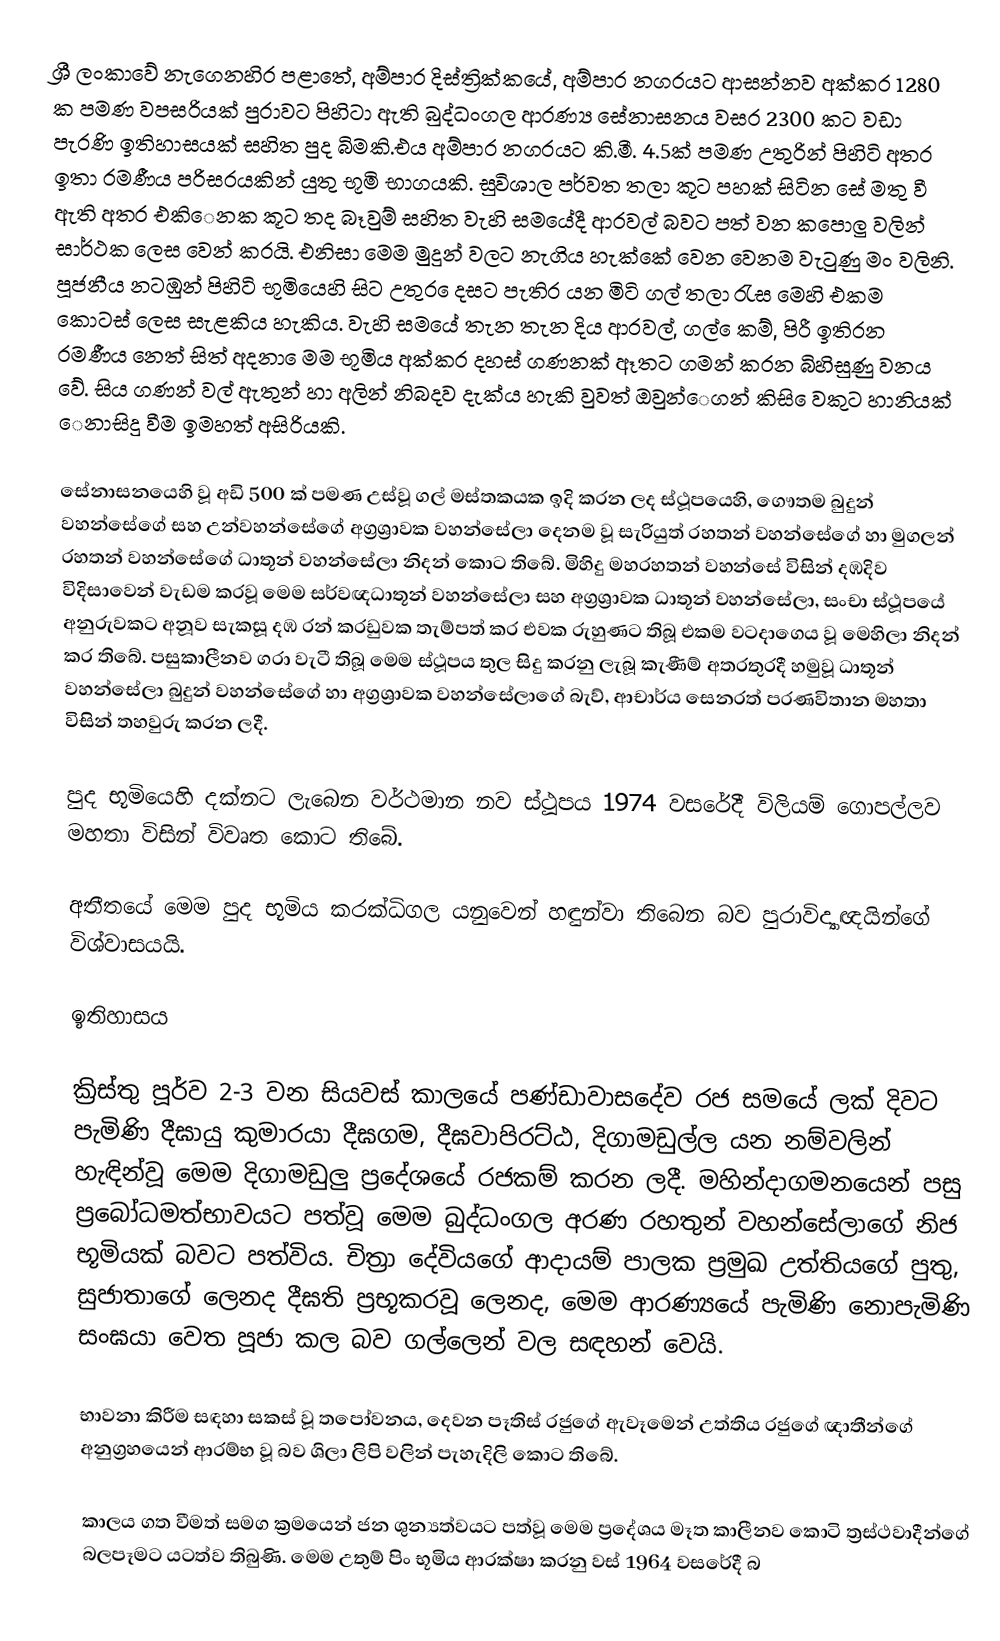
ශ්‍රී ලංකාවේ නැගෙනහිර පළාතේ, අම්පාර දිස්ත්‍රික්කයේ, අම්පාර නගරයට ආසන්නව අක්කර 1280 ක පමණ වපසරියක් පුරාවට පිහිටා ඇති බුද්ධංගල ආරණ්‍ය සේනාසනය වසර 2300 කට වඩා පැරණි ඉතිහාසයක් සහිත පුද බිමකි.එය අම්පාර නගරයට කි.මී. 4.5ක් පමණ උතුරින් පිහිටි අතර ඉතා රමණීය පරිසරයකින් යුතු භූමි භාගයකි. සුවිශාල පර්වත තලා කූට පහක් සිටින සේ මතු වී ඇති අතර එකිෙනක කූට තද බෑවුම් සහිත වැහි සමයේදී ආරවල් බවට පත් වන කපොලු වලින් සාර්ථක ලෙස වෙන් කරයි. එනිසා මෙම මුදුන් වලට නැගිය හැක්කේ වෙන වෙනම වැටුණු මං වලිනි. පූජනීය නටඹුන් පිහිටි භූමියෙහි සිට උතුර ෙදසට පැතිර යන මිටි ගල් තලා රැස මෙහි එකම කොටස් ලෙස සැළකිය හැකිය. වැහි සමයේ තැන තැන දිය ආරවල්, ගල් ෙකම්, පිරී ඉතිරන රමණීය‍ නෙත් සිත් අදනා ෙමම භූමිය අක්කර දහස් ගණනක් ඈතට ගමන් කරන බිහිසුණු වනය වේ. සිය ගණන් වල් ඇතුන් හා අලින් නිබදව දැක්ය හැකි වුවත් ඔවුන්ෙගන් කිසි ෙවකුට හානියක් ෙනාසිදු වීම ඉමහත් අසිරියකි.

සේනාසනයෙහි වූ අඩි 500 ක් පමණ උස්වූ ගල් මස්තකයක ඉදි කරන ලද ස්ථූපයෙහි, ගෞතම බුදුන් වහන්සේගේ සහ උන්වහන්සේගේ අග්‍රශ්‍රාවක වහන්සේලා දෙනම වූ සැරියුත් රහතන් වහන්සේගේ හා මුගලන් රහතන් වහන්සේගේ ධාතූන් වහන්සේලා නිදන් කොට තිබේ. මිහිදු මහරහතන් වහන්සේ විසින් දඹදිව විදිසාවෙන් වැඩම කරවූ මෙම සර්වඥධාතූන් වහන්සේලා සහ අග්‍රශ්‍රාවක ධාතූන් වහන්සේලා, සංචා ස්ථූපයේ අනුරුවකට අනූව සැකසූ දඹ රන් කරඩුවක තැම්පත් කර එවක රුහුණට තිබූ එකම වටදාගෙය වූ මෙහිලා නිදන් කර තිබේ. පසුකාලීනව ගරා වැටී තිබූ මෙම ස්ථූපය තුල සිදු කරනු ලැබූ කැණීම් අතරතුරදී හමුවූ ධාතූන් වහන්සේලා බුදුන් වහන්සේගේ හා අග්‍රශ්‍රාවක වහන්සේලාගේ බැව්, ආචාර්ය සෙනරත් පරණවිතාන මහතා විසින් තහවුරු කරන ලදී.

පුද භූමියෙහි දක්නට ලැබෙන වර්ථමාන නව ස්ථූපය 1974 වසරේදී විලියම් ගොපල්ලව මහතා විසින් විවෘත කොට තිබේ.

අතීතයේ මෙම පුද භූමිය කරක්ධිගල යනුවෙන් හඳුන්වා තිබෙන බව පුරාවිද්‍යාඥයින්ගේ විශ්වාසයයි.

ඉතිහාසය

ක්‍රිස්තු පූර්ව 2-3 වන සියවස් කාලයේ පණ්ඩාවාසදේව රජ සමයේ ලක් දිවට පැමිණි දීඝායු කුමාරයා දීඝගම, දීඝවාපිරට්ඨ, දිගාමඩුල්ල යන නම්වලින් හැඳින්වූ මෙම දිගාමඩුලු ප්‍රදේශයේ රජකම් කරන ලදී. මහින්දාගමනයෙන් පසු ප්‍රබෝධමත්භාවයට පත්වූ මෙම බුද්ධංගල අරණ රහතුන් වහන්සේලාගේ නිජ භූමියක් බවට පත්විය. චිත්‍රා දේවියගේ ආදායම් පාලක ප්‍රමුඛ උත්තියගේ පුතු, සුජාතාගේ ලෙනද දීඝති ප්‍රභූකරවූ ලෙනද, මෙම ආරණ්‍යයේ පැමිණි නොපැමිණි සංඝයා වෙත පූජා කල බව ගල්ලෙන් වල සඳහන් වෙයි.

භාවනා කිරීම සඳහා සකස් වූ තපෝවනය, දෙවන පෑතිස් රජුගේ ඇවෑමෙන් උත්තිය රජුගේ ඥාතීන්ගේ අනුග්‍රහයෙන් ආරම්භ වූ බව ශිලා ලිපි වලින් පැහැදිලි කොට තිබේ.

කාලය ගත වීමත් සමග ක්‍රමයෙන් ජන ශුන්‍යත්වයට පත්වූ මෙම ප්‍රදේශය මෑත කාලීනව කොටි ත්‍රස්ථවාදීන්ගේ බලපෑමට යටත්ව තිබුණි. මෙම උතුම් පිං භූමිය ආරක්ෂා කරනු වස් 1964 වසරේදී බ